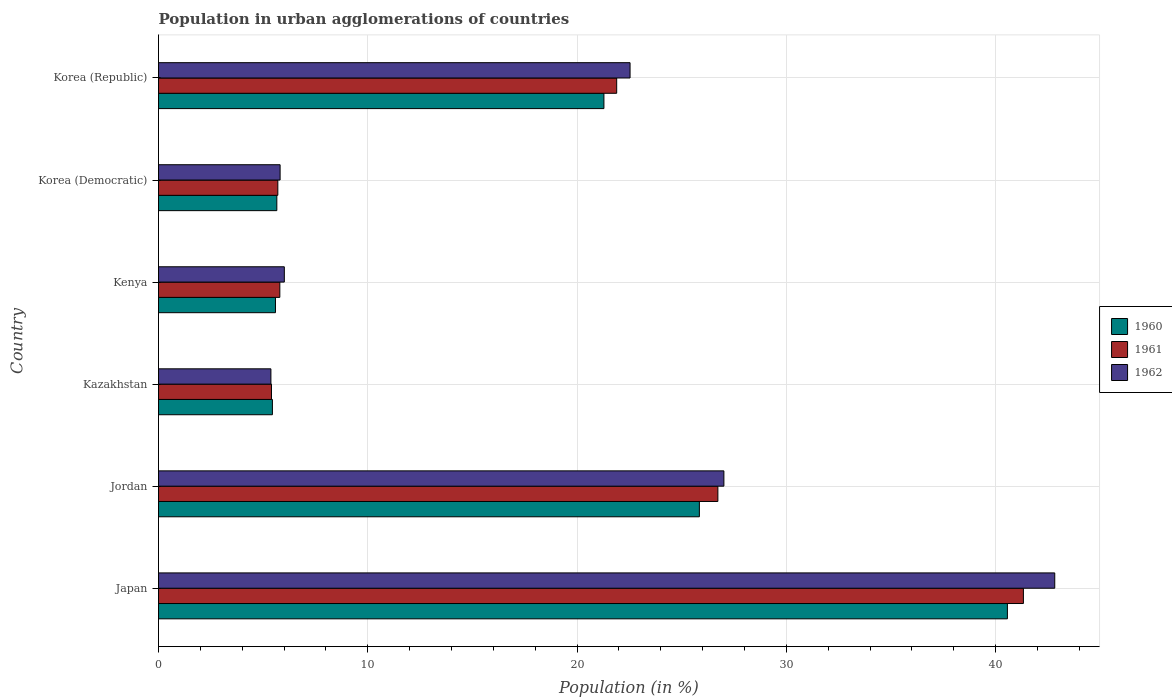
| Country | 1960 | 1961 | 1962 |
 | --- | --- | --- | --- |
 | Japan | 40.6 | 41.3 | 42.8 |
 | Jordan | 25.8 | 26.7 | 27 |
 | Kazakhstan | 5.44 | 5.4 | 5.37 |
 | Kenya | 5.59 | 5.8 | 6.01 |
 | Korea (Democratic) | 5.65 | 5.7 | 5.81 |
 | Korea (Republic) | 21.3 | 21.9 | 22.5 |